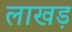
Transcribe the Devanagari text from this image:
लाखड़